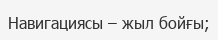
Навигациясы – жыл бойғы;